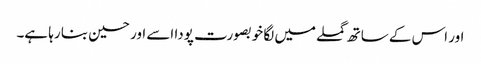
اور اس کے ساتھ گملے میں لگا خوبصورت پودا اسے اور حسین بنا رہا ہے۔